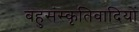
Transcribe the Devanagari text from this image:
बहुसंस्कृतिवादियों